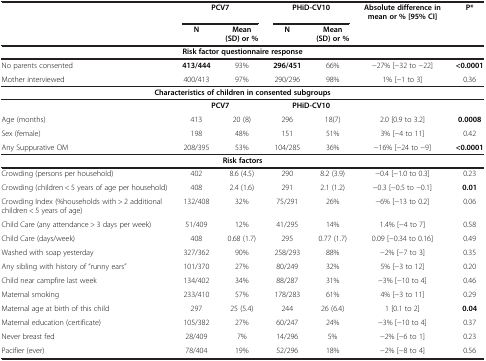
<table><thead><tr><td><b> </b></td><td colspan="2"><b>PCV7</b></td><td colspan="2"><b>PHiD-CV10</b></td><td><b>Absolute difference in mean or % [95% CI]</b></td><td><b>P*</b></td></tr><tr><td><b> </b></td><td><b>N</b></td><td><b>Mean (SD) or %</b></td><td><b>N</b></td><td><b>Mean (SD) or %</b></td><td><b> </b></td><td><b> </b></td></tr></thead><tbody><tr><td colspan="7"><b>Risk factor questionnaire response</b></td></tr><tr><td>No parents consented</td><td><b>413/444</b></td><td>93%</td><td><b>296/451</b></td><td>66%</td><td>−27% [−32 to −22]</td><td><b>&lt;0.0001</b></td></tr><tr><td>Mother interviewed</td><td>400/413</td><td>97%</td><td>290/296</td><td>98%</td><td>1% [−1 to 3]</td><td>0.36</td></tr><tr><td colspan="7"><b>Characteristics of children in consented subgroups</b></td></tr><tr><td> </td><td colspan="2"><b>PCV7</b></td><td colspan="2"><b>PHiD-CV10</b></td><td> </td><td> </td></tr><tr><td>Age (months)</td><td>413</td><td>20 (8)</td><td>296</td><td>18(7)</td><td>2.0 [0.9 to 3.2]</td><td><b>0.0008</b></td></tr><tr><td>Sex (female)</td><td>198</td><td>48%</td><td>151</td><td>51%</td><td>3% [−4 to 11]</td><td>0.42</td></tr><tr><td>Any Suppurative OM</td><td>208/395</td><td>53%</td><td>104/285</td><td>36%</td><td>−16% [−24 to −9]</td><td><b>&lt;0.0001</b></td></tr><tr><td colspan="7"><b>Risk factors</b></td></tr><tr><td>Crowding (persons per household)</td><td>402</td><td>8.6 (4.5)</td><td>290</td><td>8.2 (3.9)</td><td>−0.4 [−1.0 to 0.3]</td><td>0.23</td></tr><tr><td>Crowding (children &lt; 5 years of age per household)</td><td>408</td><td>2.4 (1.6)</td><td>291</td><td>2.1 (1.2)</td><td>−0.3 [−0.5 to −0.1]</td><td><b>0.01</b></td></tr><tr><td>Crowding Index (%households with &gt; 2 additional children &lt; 5 years of age)</td><td>132/408</td><td>32%</td><td>75/291</td><td>26%</td><td>−6% [−13 to 0.2]</td><td>0.06</td></tr><tr><td>Child Care (any attendance &gt; 3 days per week)</td><td>51/409</td><td>12%</td><td>41/295</td><td>14%</td><td>1.4% [−4 to 7]</td><td>0.58</td></tr><tr><td>Child Care (days/week)</td><td>408</td><td>0.68 (1.7)</td><td>295</td><td>0.77 (1.7)</td><td>0.09 [−0.34 to 0.16]</td><td>0.49</td></tr><tr><td>Washed with soap yesterday</td><td>327/362</td><td>90%</td><td>258/293</td><td>88%</td><td>−2% [−7 to 3]</td><td>0.35</td></tr><tr><td>Any sibling with history of “runny ears”</td><td>101/370</td><td>27%</td><td>80/249</td><td>32%</td><td>5% [−3 to 12]</td><td>0.20</td></tr><tr><td>Child near campfire last week</td><td>134/402</td><td>34%</td><td>88/287</td><td>31%</td><td>−3% [−10 to 4]</td><td>0.46</td></tr><tr><td>Maternal smoking</td><td>233/410</td><td>57%</td><td>178/283</td><td>61%</td><td>4% [−3 to 11]</td><td>0.29</td></tr><tr><td>Maternal age at birth of this child</td><td>297</td><td>25 (5.4)</td><td>244</td><td>26 (6.4)</td><td>1 [0.1 to 2]</td><td><b>0.04</b></td></tr><tr><td>Maternal education (certificate)</td><td>105/382</td><td>27%</td><td>60/247</td><td>24%</td><td>−3% [−10 to 4]</td><td>0.37</td></tr><tr><td>Never breast fed</td><td>28/409</td><td>7%</td><td>14/296</td><td>5%</td><td>−2% [−6 to 1]</td><td>0.23</td></tr><tr><td>Pacifier (ever)</td><td>78/404</td><td>19%</td><td>52/296</td><td>18%</td><td>−2% [−8 to 4]</td><td>0.56</td></tr></tbody></table>